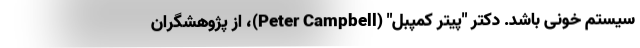
سیستم خونی باشد. دکتر "پیتر کمپبل" (Peter Campbell)، از پژوهشگران